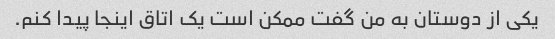
یکی از دوستان به من گفت ممکن است یک اتاق اینجا پیدا کنم.